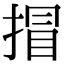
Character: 𢯾